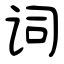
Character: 词